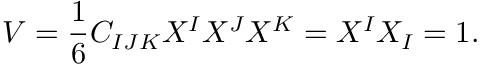
{ V } = { \frac { 1 } { 6 } } C _ { I J K } X ^ { I } X ^ { J } X ^ { K } = X ^ { I } X _ { I } = 1 .